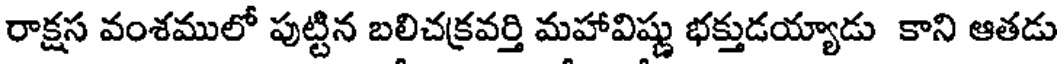
రాక్షస వంశములో పుట్టిన బలిచక్రవర్తి మహావిష్ణు భక్తుడయ్యాడు కాని ఆతడు